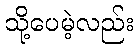
သို့ပေမဲ့လည်း